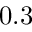
0 . 3